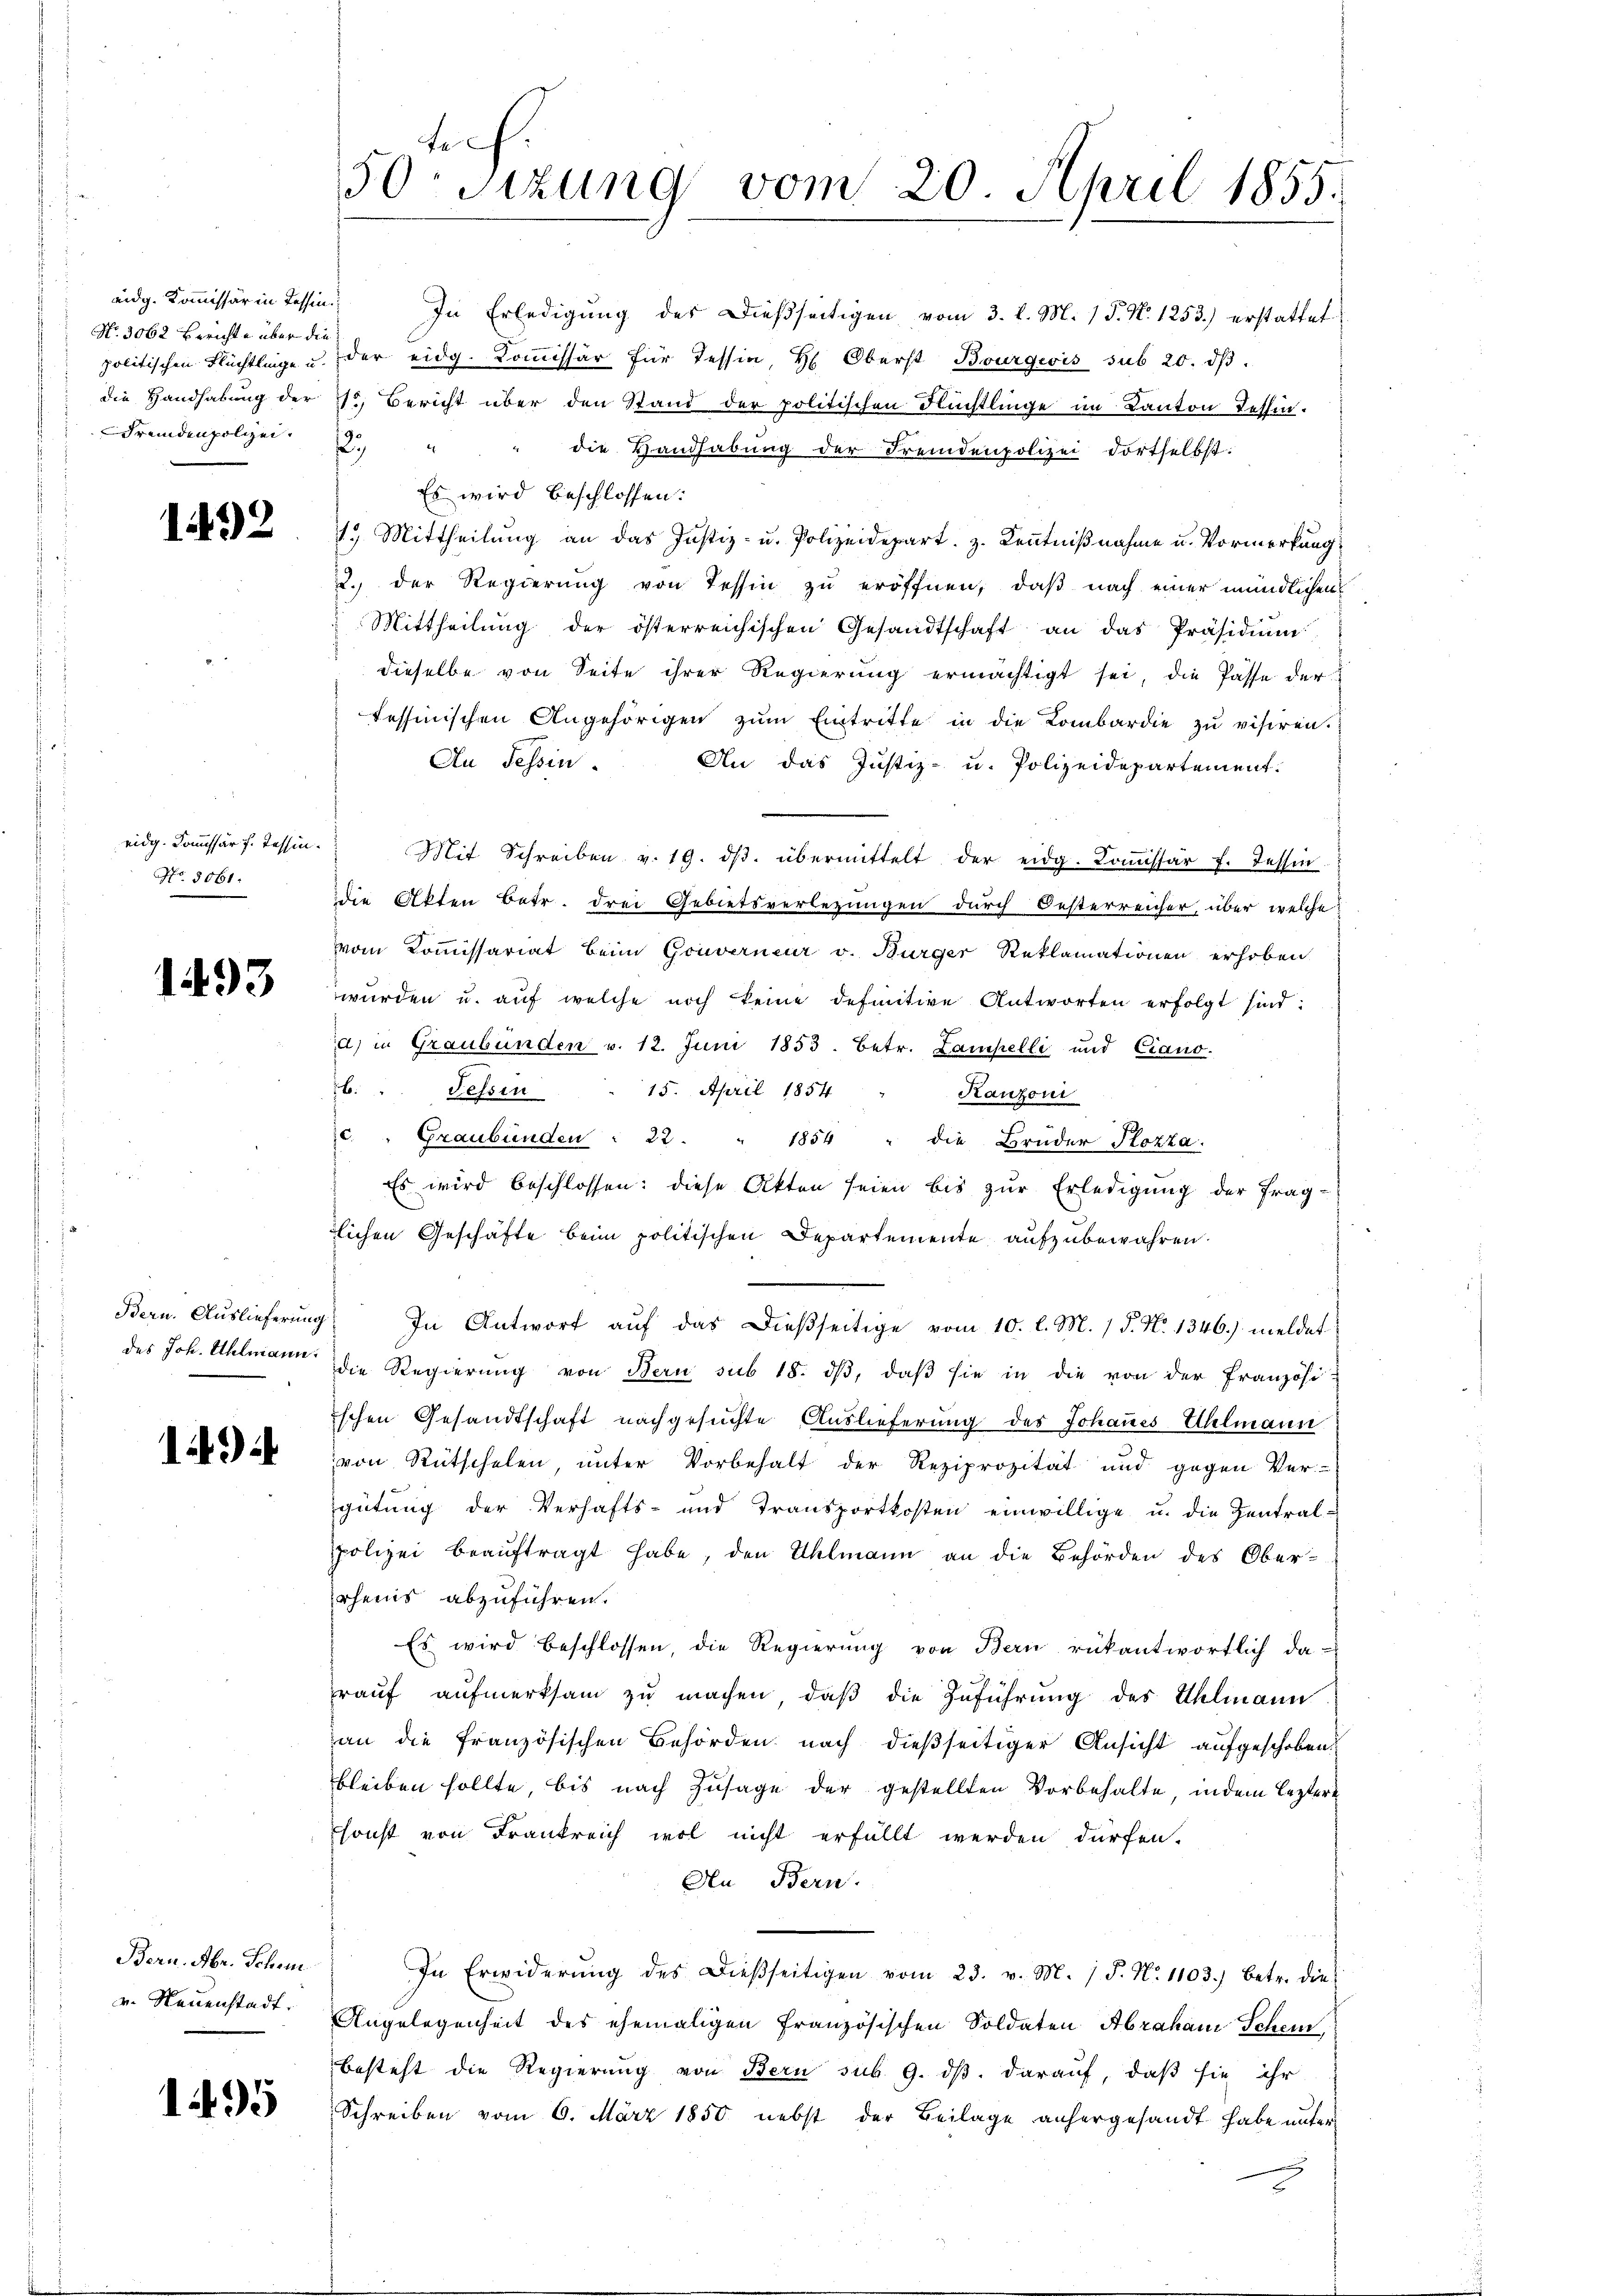
eidg. Kommissär in Tessin
No. 3062 Berichte über die
Fremdenpolizei.

1492

eidg. Kommissär f. Tessin.
No. 3061.

1493

Es wird beschlossen:
1.) Mittheilung an das Justiz- u. Polizeidepart. z. Kenntnißnahme u. Vormerkung,
2. der Regierung von Tessin zu eröffnen, daß nach einer mündlichen
 Mittheilŭng der österreichischen Gesandtschaft an das Präsidiŭm
dieselbe von Seite ihrer Regierung ermächtigt sei, die Pässe der
fessinischen Angehörigen zŭm Eintritte in die Lombardie zŭ visiren.
An Tessin.
An das Justiz- u. Polizeidepartement.
Mit Schreiben v. 19. dβ. übermittelt der eidg. Koṁissär f. Tessin
die Akten Betr. drei Gebietsverlegungen durch Oesterreicher, über welche
vom Kommissariat beim Gouverneur v. Bürger Reklamationen erhoben
würden u. aŭf welche noch keine definitive Antworten erfolgt sind:
a) in Graubünden v. 12. Juni 1853. Betr. Lampelli und Ciano.
b. " Tessin . 15. April 1854 " Kanzoni
c. " Graubünden " 22. " 1854 " die Brüder Plozza.
Es wird beschlossen: diese Akten seien bis zur Erledigung der fraglichen Geschäfte beim politischen Departemente aufzubewahren.
Bern. Auslieferung. In Antwort aŭf das dießseitige vom 10. l. M. 1 S. N. 1346) meldet
des Joh. Uhlmann die Regierŭng von Bern sub 18. dβ, daβ sie in die von der Französi-
ischen Gesandtschaft nachgesuchte Auslieferung des Johannes Uhlmann
von Rütschelen, unter Vorbehalt der Reziprozität und gegen Ver-
gütung der Verhafts- und Transportkosten einwillige u. die Zentralpolizei beauftragt habe, den Uhlmann an die Behörden des Oberrheins abzuführen.
Es wird beschlossen, die Regierŭng von Bern rükantwortlich da-
rauf aufmerksam zu machen, daß die Zuführung des Uhlmann
an die französischen Behörden nach dießseitiger Ansicht aufgeschoben.
bleiben sollte, bis nach Zusage der gestellten Vorbehalte, indem leztere
sonst von Frankreich wol nicht erfüllt werden dürfen.
An Bern.
In Erwiderŭng des dießseitigen vom 23. v. M. J. J. N. 1103.) betr. die
Angelegenheit des ehemaligen französischen Soldaten Abraham Scheinbesteht die Regierung von Bern sub. 9. ds. darauf, daß sie ihr
Schreiben vom 6. März 1850 nebst der Beilage anhergesandt habe unter

1494

Bern. Abr. Schei
v. Neuenstadt.

1495

In Erledigŭng des dießseitigen vom 3. d. M. 1 S. N. 1253.) erstattet
politischen Flüchtlinge u. der eidg. Koṁissär für Tessin, H. Oberst Bourgeois sub 20. dβ.
die Handhabung der Jr. Bericht über den Stand der politischen Flüchtlinge im Kanton Tessin.
125
die Handhabung der Fremdenpolizei dortselbst:

tich
50sizung vom 20. April 1855.